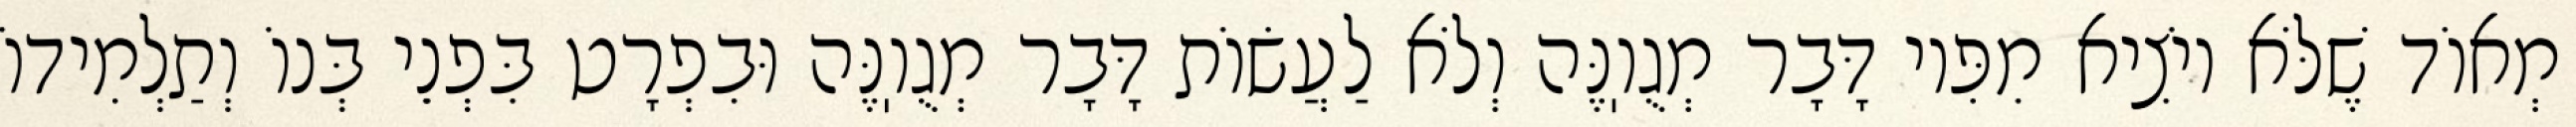
מְאוֹד שֶׁלֹּא יוֹצִיא מִפִּיו דָּבָר מְגֻוֽנֶּה וְלֹא לַעֲשׂוֹת דָּבָר מְגֻוֽנֶּה וּבִפְרָט בִּפְנֵי בְּנוֹ וְתַלְמִידוֹ